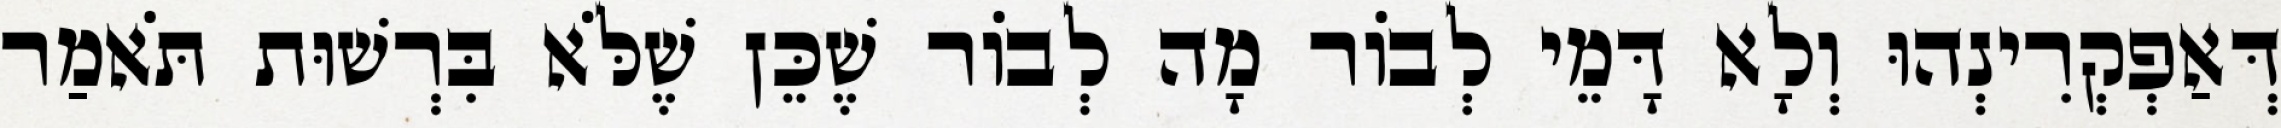
דְּאַפְקְרִינְהוּ וְלָא דָּמֵי לְבוֹר מָה לְבוֹר שֶׁכֵּן שֶׁלֹּא בִּרְשׁוּת תֹּאמַר